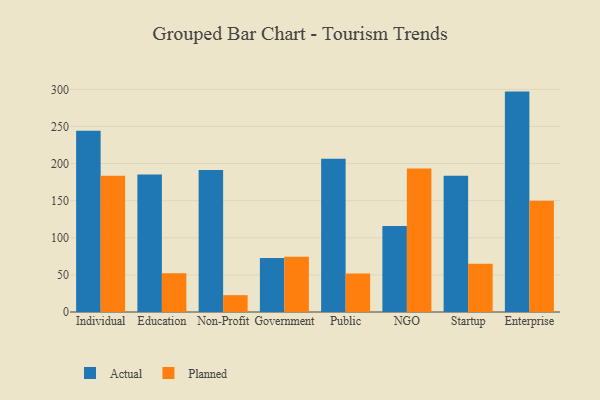
{"axis": {"x": "Segment", "y": "Revenue (USD Million)"}, "legend": ["Actual", "Planned"], "data": [{"x": "Individual", "y": 244.1, "type": "Actual"}, {"x": "Individual", "y": 183.4, "type": "Planned"}, {"x": "Education", "y": 185.3, "type": "Actual"}, {"x": "Education", "y": 52.1, "type": "Planned"}, {"x": "Non-Profit", "y": 191.3, "type": "Actual"}, {"x": "Non-Profit", "y": 22.7, "type": "Planned"}, {"x": "Government", "y": 72.7, "type": "Actual"}, {"x": "Government", "y": 74.3, "type": "Planned"}, {"x": "Public", "y": 206.5, "type": "Actual"}, {"x": "Public", "y": 51.9, "type": "Planned"}, {"x": "NGO", "y": 115.9, "type": "Actual"}, {"x": "NGO", "y": 193.4, "type": "Planned"}, {"x": "Startup", "y": 183.4, "type": "Actual"}, {"x": "Startup", "y": 65.0, "type": "Planned"}, {"x": "Enterprise", "y": 296.9, "type": "Actual"}, {"x": "Enterprise", "y": 149.9, "type": "Planned"}]}